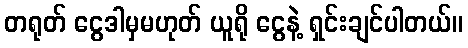
တရုတ် ငွေဒါမှမဟုတ် ယူရို ငွေနဲ့ ရှင်းချင်ပါတယ်။